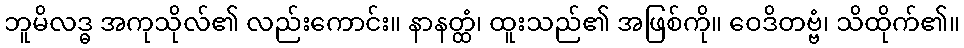
ဘူမိလဒ္ဓ အကုသိုလ်၏ လည်းကောင်း။ နာနတ္ထံ၊ ထူးသည်၏ အဖြစ်ကို။ ဝေဒိတဗ္ဗံ၊ သိထိုက်၏။